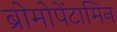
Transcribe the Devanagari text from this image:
ब्रोमोपेंटामिन